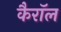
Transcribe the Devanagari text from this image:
कैराॅल